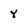
Character: Y